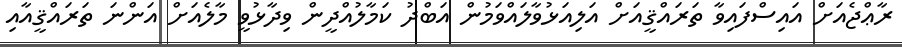
ރާޢްޖެއަށް އައިސްފައިވާ ތަރައްޤީއަށް އަލިއަޅުވާލައްވަމުން އަބްދު ކަމާލުއްދީން ވިދާޅުވީ މާލެއަށް އަންނަ ތަރައްޤީއާއި